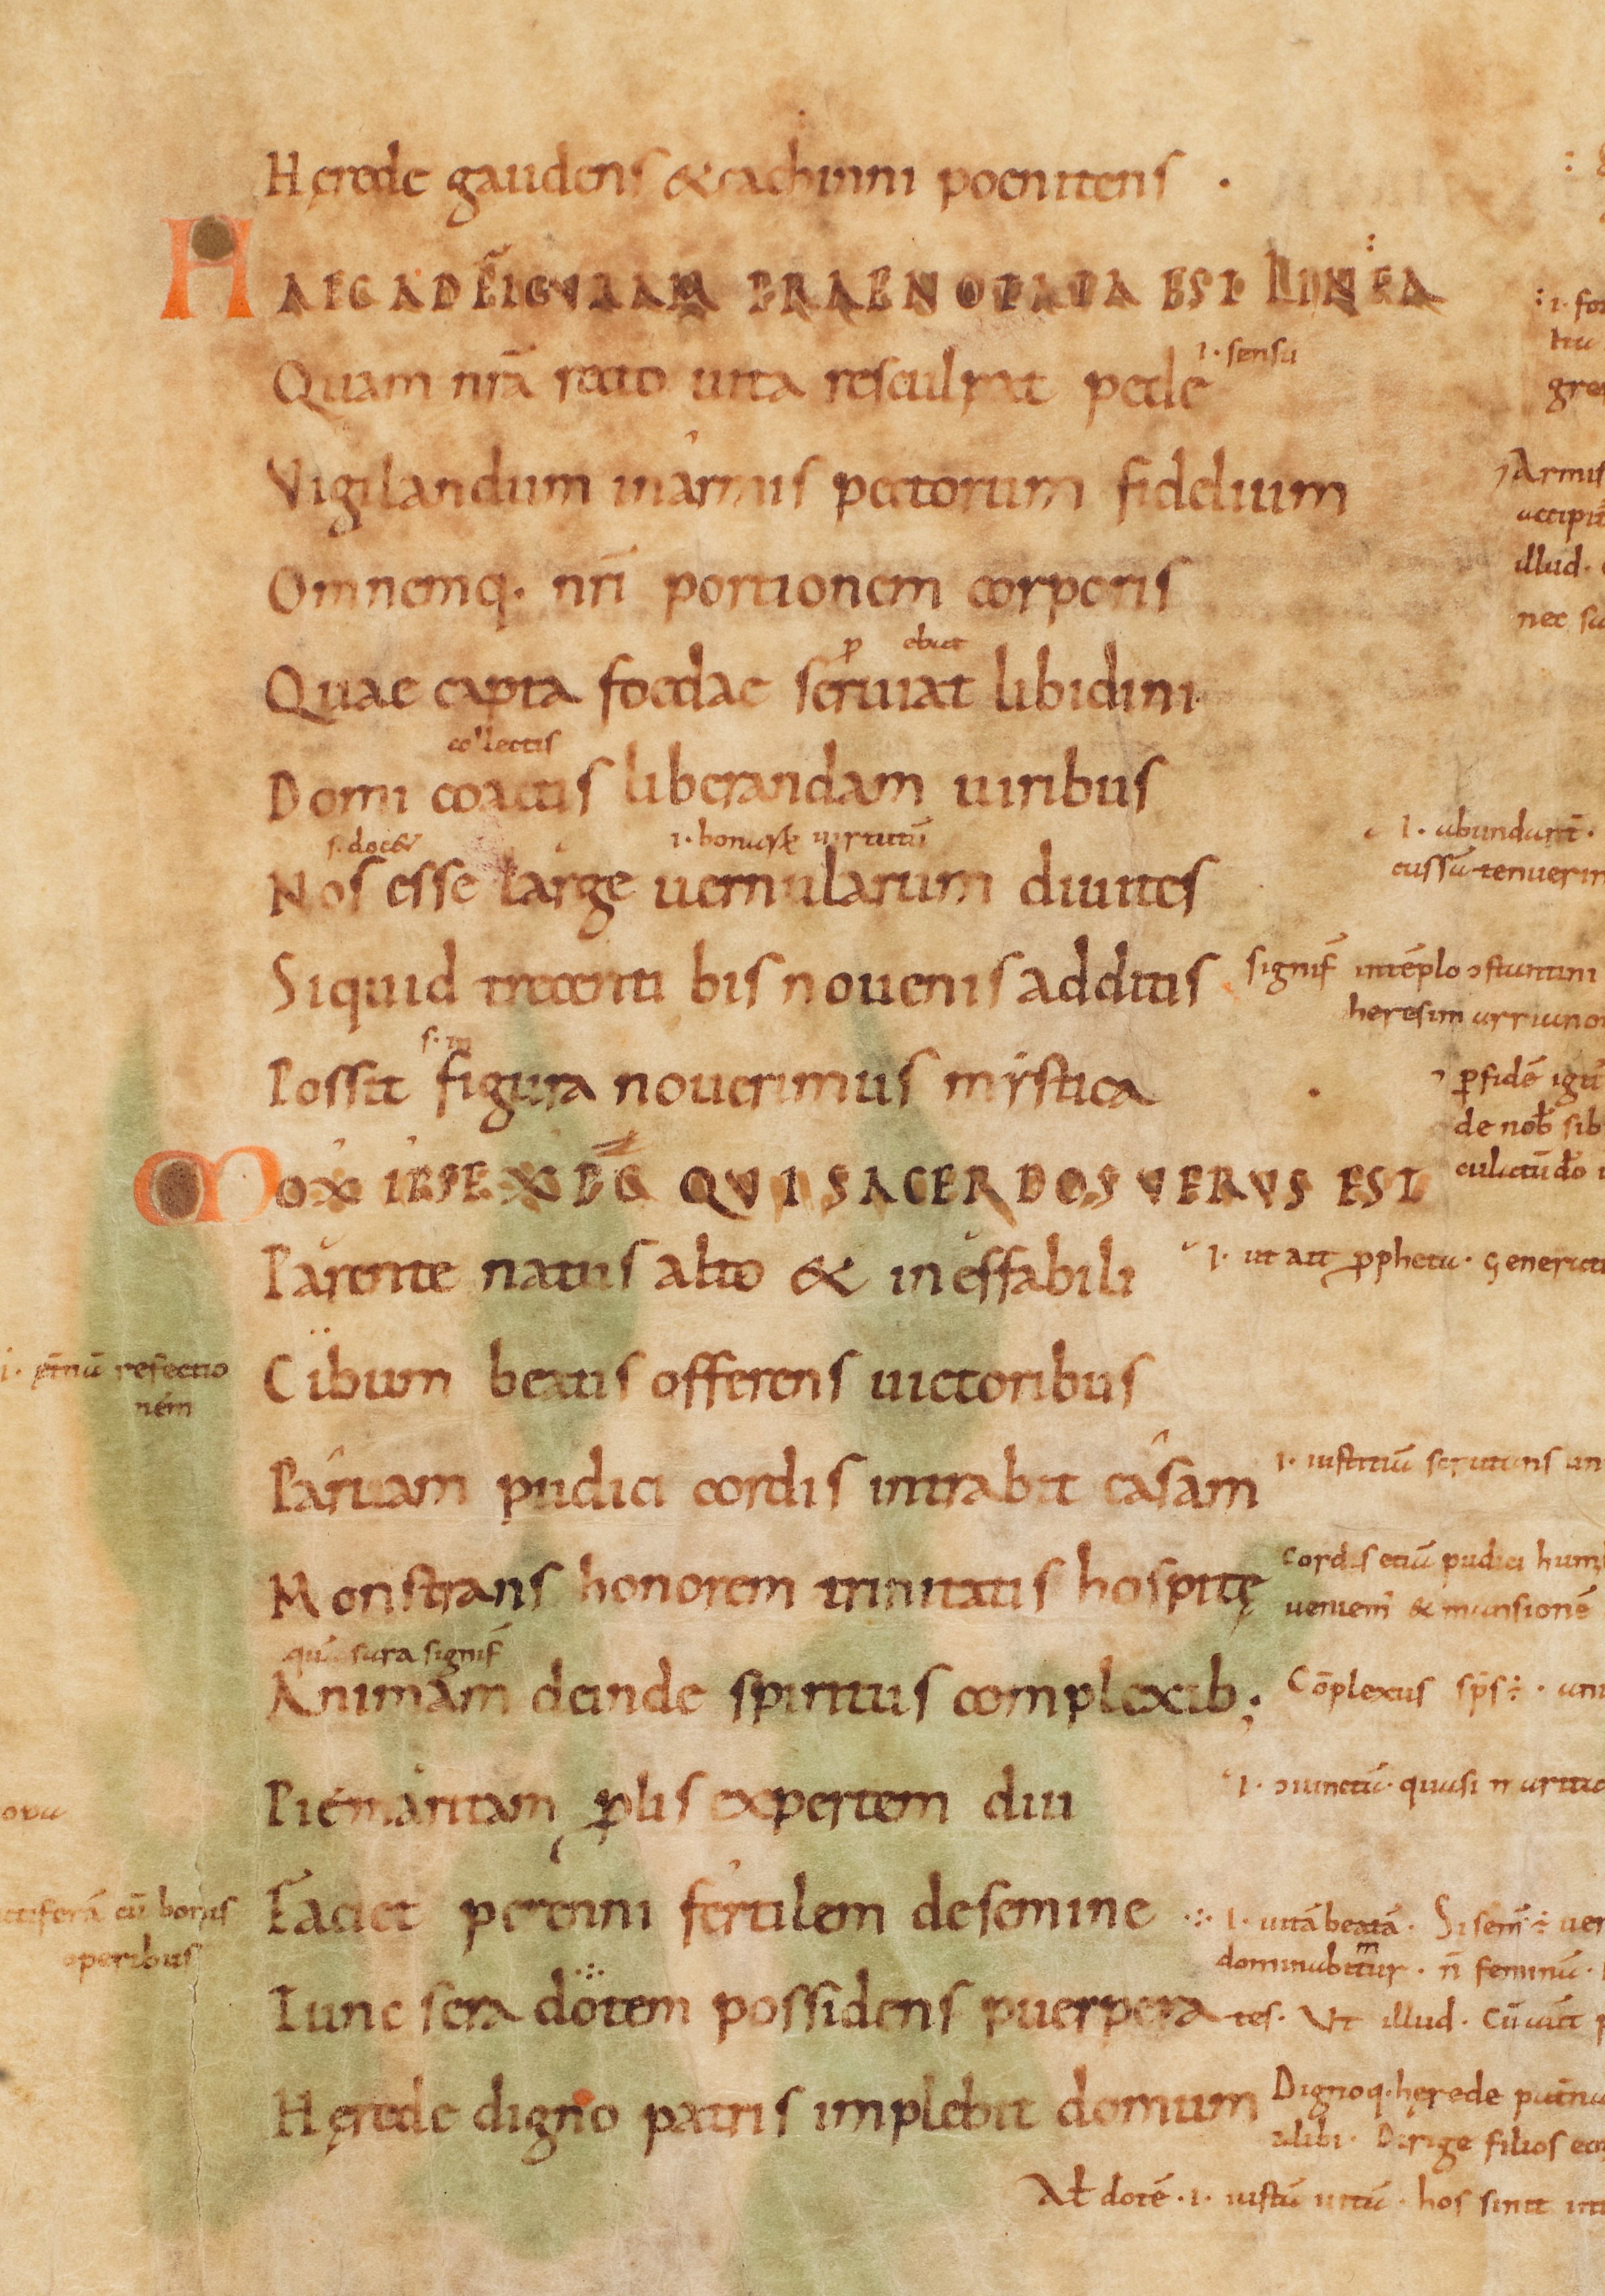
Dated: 885–915